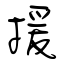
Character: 援